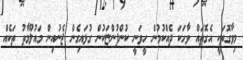
މިވާގޮތަކީ އެގޮތައް ވާހަކަ ދެއްކުމުން ހީވަނީ ކުންފުންޏަކުން ގުޅައިގެން ޖެނުއިން މައުލޫމާތު ތަކެއް